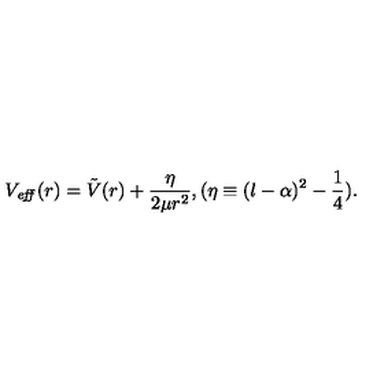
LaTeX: V _ { \it e f f } ( r ) = \tilde { V } ( r ) + \frac { \eta } { 2 \mu r ^ { 2 } } , ( \eta \equiv ( l - \alpha ) ^ { 2 } - \frac { 1 } { 4 } ) .